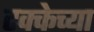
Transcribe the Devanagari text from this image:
टक्केच्या